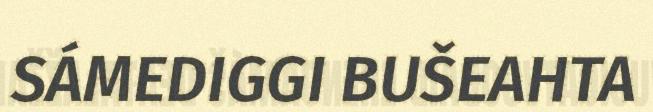
SÁMEDIGGI BUŠEAHTA